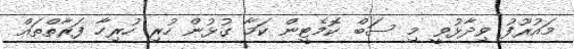
މައުރޫފު ވިދާޅުވީ މި ސަބް ކޮމެޓީން ކަމާ ގުޅުން ހުރި ހުރިހާ ފަރާތްތައް